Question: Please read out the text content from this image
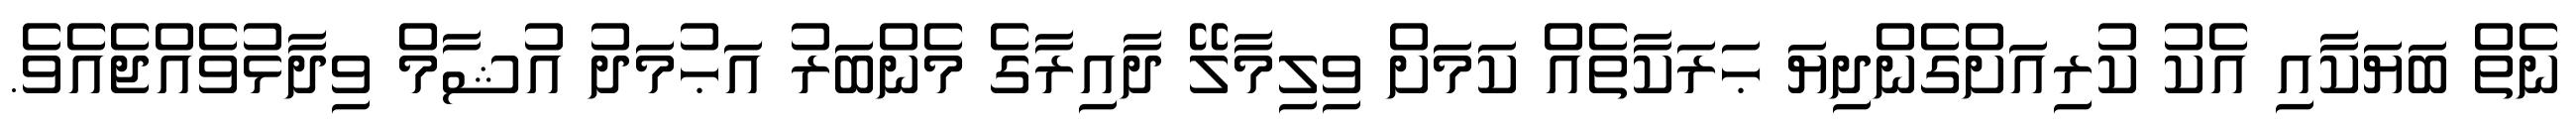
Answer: ނެތް ބަޔަކާއި އެކު ކުރިއަށްގެންދިޔަ ޙަރަކާތެއް ކަމަށް ވިލިމާލޭ ދާއިރާގެ މެންބަރު އަޙުމަދު އުޝާމް ވިދާޅުވެއްޖެއެވެ.